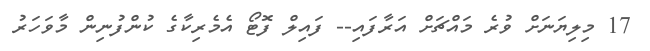
17 މިލިޔަނަށް ވުރެ މައްޗަށް އަރާފައި-- ފައިލް ފޮޓޯ އެމެރިކާގެ ކުންފުނިން މާވަހަރު